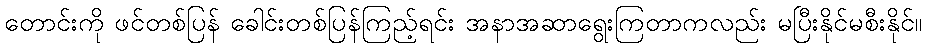
တောင်းကို ဖင်တစ်ပြန် ခေါင်းတစ်ပြန်ကြည့်ရင်း အနာအဆာရွေးကြတာကလည်း မပြီးနိုင်မစီးနိုင်။